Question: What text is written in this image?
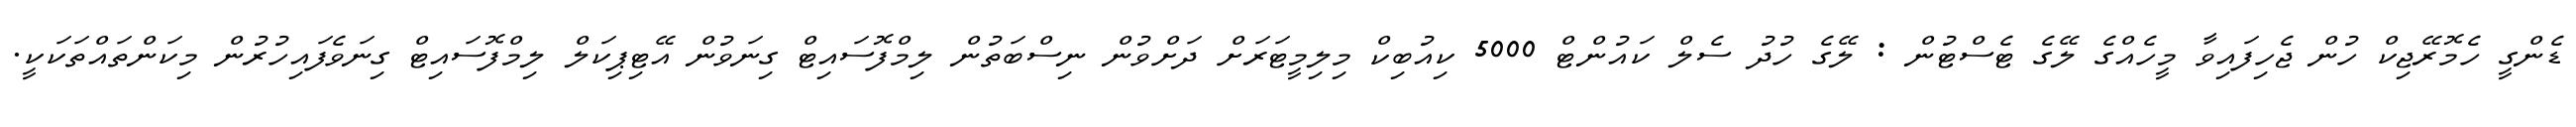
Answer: ޑެންގީ ހެމޮރޭޖިކް ހުން ޖެހިފައިވާ މީހެއްގެ ލޭގެ ޓެސްޓުން : ލޭގެ ހުދު ސެލް ކައުންޓް 5000 ކިއުބިކް މިލިމީޓަރަށް ދަށްވުން ނިސްބަތުން ލިމްފޮސައިޓް ގިނަވުން އޭޓިޕިކަލް ލިމްފޮސައިޓް ގިނަވެފައިހުރުން މިކަންތައްތަކަކީ.